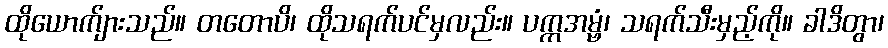
ထိုယောက်ျားသည်။ တတောပိ၊ ထိုသရက်ပင်မှလည်း။ ပက္ကအမ္ဗံ၊ သရက်သီးမှည့်ကို။ ခါဒိတွာ၊